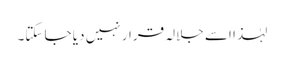
لہٰذا اسے جلالہ قرار نہیں دیا جا سکتا۔